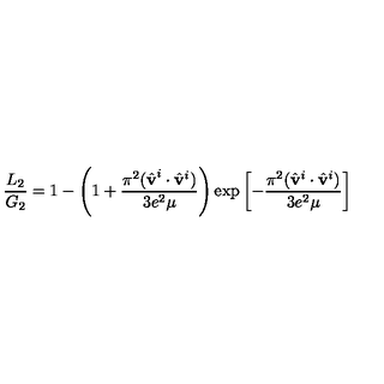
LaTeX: \frac { L _ { 2 } } { G _ { 2 } } = 1 - \left( 1 + \frac { \pi ^ { 2 } ( \hat { \bf v } ^ { i } \cdot \hat { \bf v } ^ { i } ) } { 3 e ^ { 2 } \mu } \right) \exp \left[ - \frac { \pi ^ { 2 } ( \hat { \bf v } ^ { i } \cdot \hat { \bf v } ^ { i } ) } { 3 e ^ { 2 } \mu } \right]